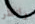
وانظر